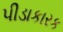
પીડાકારક